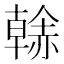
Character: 𧹳